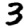
Digit: 3